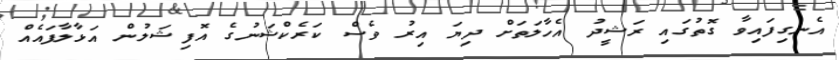
އެނގިފައިވާ ގޮތުގައި ރަޝީދު އެހާލަތަށް ދިޔަ އިރު ވެސް ކަރެކްޝަނުގެ އޮފިޝަލުން އަޅާލާފައެއް